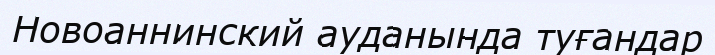
Новоаннинский ауданында туғандар